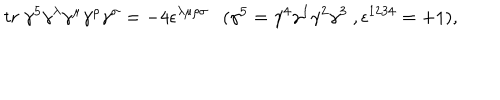
t r \ \gamma ^ { 5 } \gamma ^ { \lambda } \gamma ^ { \mu } \gamma ^ { \rho } \gamma ^ { \sigma } = - 4 \epsilon ^ { \lambda \mu \rho \sigma } \ \ \ ( \gamma ^ { 5 } = \gamma ^ { 4 } \gamma ^ { 1 } \gamma ^ { 2 } \gamma ^ { 3 } \ , \epsilon ^ { 1 2 3 4 } = + 1 ) ,